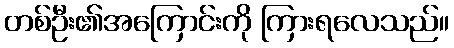
တစ်ဦး၏အကြောင်းကို ကြားရလေသည်။